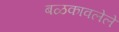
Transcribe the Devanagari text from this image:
बळकावलेले